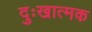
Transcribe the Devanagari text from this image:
दुःखात्मक